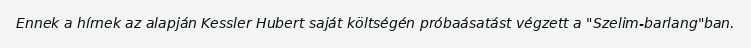
Ennek a hírnek az alapján Kessler Hubert saját költségén próbaásatást végzett a "Szelim-barlang"ban.